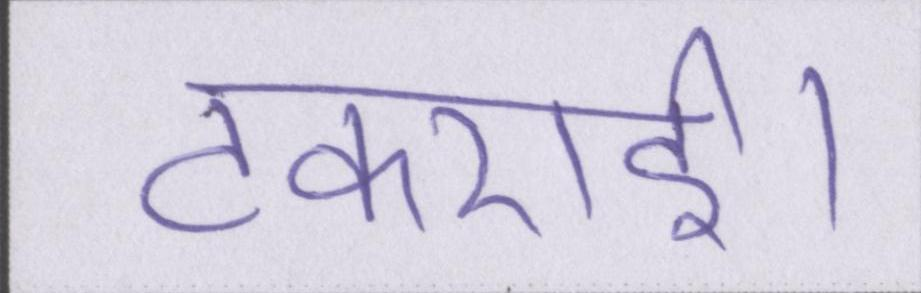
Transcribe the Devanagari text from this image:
टकराई।